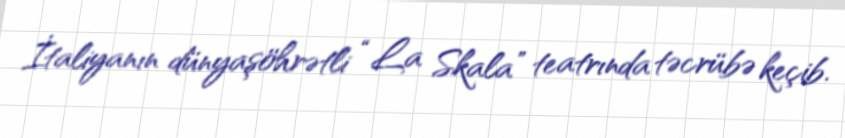
İtaliyanın dünyaşöhrətli “La Skala” teatrında təcrübə keçib.